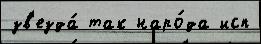
зв'езда́ так наро́да исп